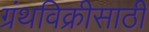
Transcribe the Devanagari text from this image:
ग्रंथविक्रीसाठी